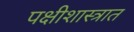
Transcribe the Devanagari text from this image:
पक्षीशास्त्रात